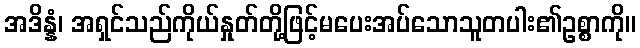
အဒိန္နံ၊ အရှင်သည်ကိုယ်နှုတ်တို့ဖြင့်မပေးအပ်သောသူတပါး၏ဥစ္စာကို။